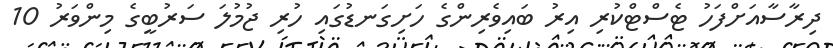
ދިރާސާއަށްފަހު ޓެސްޓްކުރި އިރު ބައިވެރިންގެ ހަށިގަނޑުގައި ހުރި ޖުމުލަ ސަރުބީގެ މިންވަރު 10